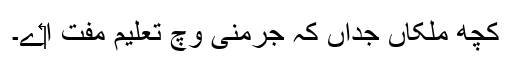
کچھ ملکاں جداں کہ جرمنی وچ تعلیم مفت ا‏‏ے۔